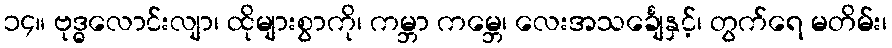
၁၄။ ဗုဒ္ဓလောင်းလျာ၊ ထိုများစွာကို၊ ကမ္ဘာ ကမ္ဘေ၊ လေးအသင်္ချေနှင့်၊ တွက်ရေ မတိမ်း၊